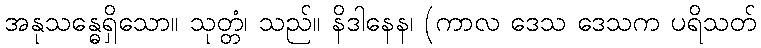
အနုသန္ဓေရှိသော။ သုတ္တံ၊ သည်။ နိဒါနေန၊ (ကာလ ဒေသ ဒေသက ပရိသတ်